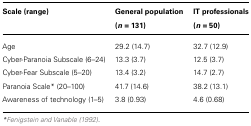
| Scale (range) | General population (n = 131) | IT professionals (n = 50) |
 | --- | --- | --- |
 | Age | 29.2 (14.7) | 32.7 (12.9) |
 | Cyber-Paranoia Subscale (6–24) | 13.3 (3.7) | 12.5 (3.7) |
 | Cyber-Fear Subscale (5–20) | 13.4 (3.2) | 14.7 (2.7) |
 | Paranoia Scale* (20–100) | 41.7 (14.6) | 38.2 (13.1) |
 | Awareness of technology (1–5) | 3.8 (0.93) | 4.6 (0.68) |